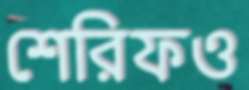
শেরিফও